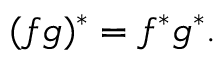
( f g ) ^ { * } = f ^ { * } g ^ { * } .